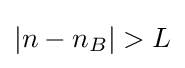
{\textstyle |n-n_{B}|>L}